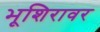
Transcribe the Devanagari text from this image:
भूशिरावर